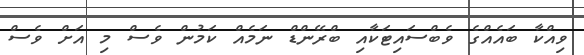
ވިއްކާ ބައެއްގެ ވެބްސައިޓަކާއި ބްރޭންޑް ނަމެއް ކަމުން ވެސް މި އަށް ވެސް